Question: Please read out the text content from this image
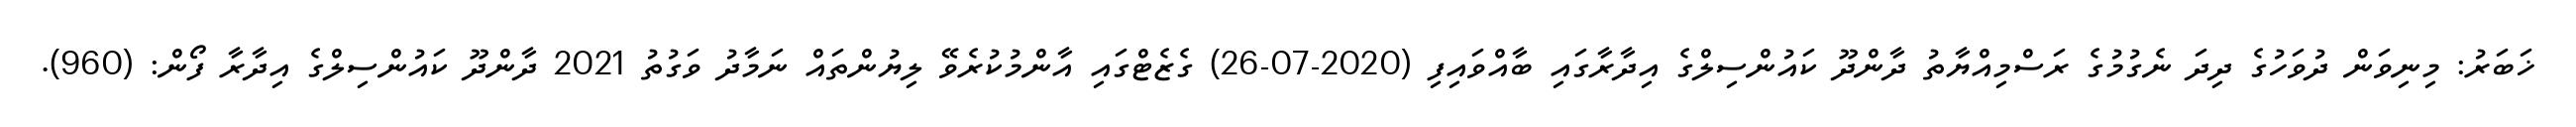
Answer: ޚަބަރު: މިނިވަން ދުވަހުގެ ދިދަ ނެގުމުގެ ރަސްމިއްޔާތު ދާންދޫ ކައުންސިލްގެ އިދާރާގައި ބާއްވައިފި (2020-07-26) ގެޒެޓްގައި އާންމުކުރެވޭ ލިޔުންތައް ނަމާދު ވަގުތު 2021 ދާންދޫ ކައުންސިލްގެ އިދާރާ ފޯން: (960).